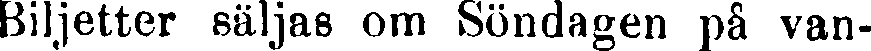
Biljetter säljas om Söndagen på van-